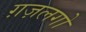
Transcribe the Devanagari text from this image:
ग़ज़लगो